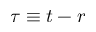
\tau \equiv t - r